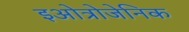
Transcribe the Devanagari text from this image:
इओत्रोजेनिक